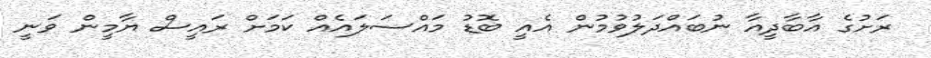
ރަށުގެ އާބާދީއާ ނުބައްދަލުވުމުން އެއީ ބޮޑު މައްސަލައެއް ކަމަށް ރައީސް ޔާމީން ވަނީ